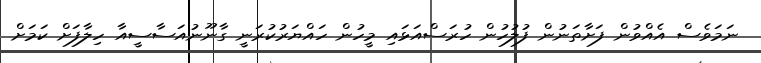
ނަމަވެސް އެއްވުން ފަށާތަނުން ފުލުހުން ހުރަސްއަޅައި މީހުން ހައްޔަރުކުރަނީ ގާނޫނުއަސާސީއާ ހިލާފަށް ކަމަށް